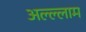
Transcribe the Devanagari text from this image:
अल्ल्लाम